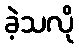
ခဲ့သလို